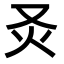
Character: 𤆆